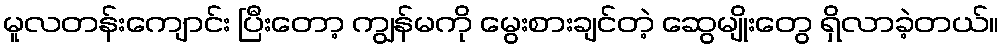
မူလတန်းကျောင်း ပြီးတော့ ကျွန်မကို မွေးစားချင်တဲ့ ဆွေမျိုးတွေ ရှိလာခဲ့တယ်။